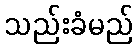
သည်းခံမည်